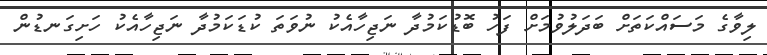
ލިވާގެ މަސައްކަަތަށް ބަދަލުވުމަށް ފަހު ބޮޑުކަމުދާ ނަޖިހާއެކު ނުވަތަ ކުޑަކަމުދާ ނަޖިހާއެކު ހަށިގަނޑުން